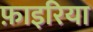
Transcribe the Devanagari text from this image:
फ़ाइरिया